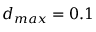
d _ { m a x } = 0 . 1